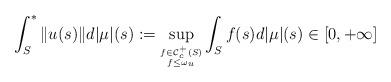
LaTeX: \begin{align*}\int^*_S \Vert u(s) \Vert d| \mu|(s):=\sup_{\stackrel{f \in {\mathcal C}^+_c(S)}{_{ f \le \omega_u}}}\int_S f(s) d| \mu | (s)\in [0,+\infty]\end{align*}